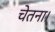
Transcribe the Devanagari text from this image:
चेतना।